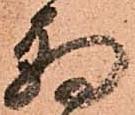
朝